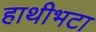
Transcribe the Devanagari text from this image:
हाथीभटा